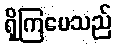
ရှိကြပေသည်